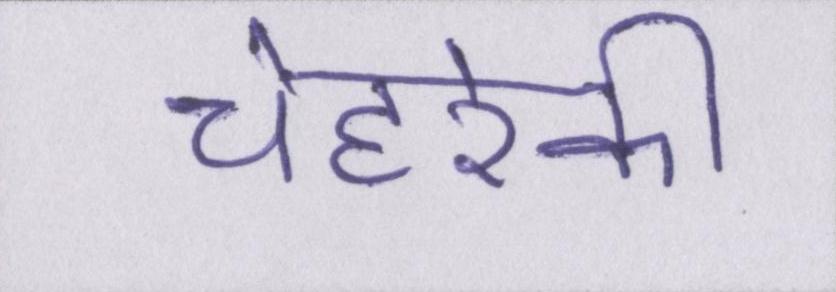
चेहरेकी